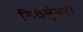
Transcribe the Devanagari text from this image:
मिठमुंबरी